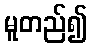
မူတည်၍